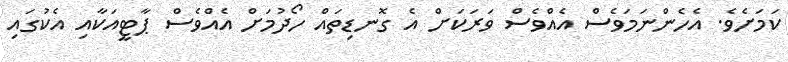
ކަމަށެވެ. އެހެންނަމަވެސް އެއްވެސް ވަރަކަށް އެ ގޮނޑިތައް ހޯދުމަށް އެއްވެސް ޕާޓީއަކާއި އެކުގައި